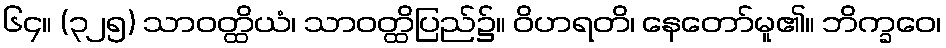
၆၄။ (၃၂၅) သာဝတ္ထိယံ၊ သာဝတ္ထိပြည်၌။ ဝိဟရတိ၊ နေတော်မူ၏။ ဘိက္ခဝေ၊